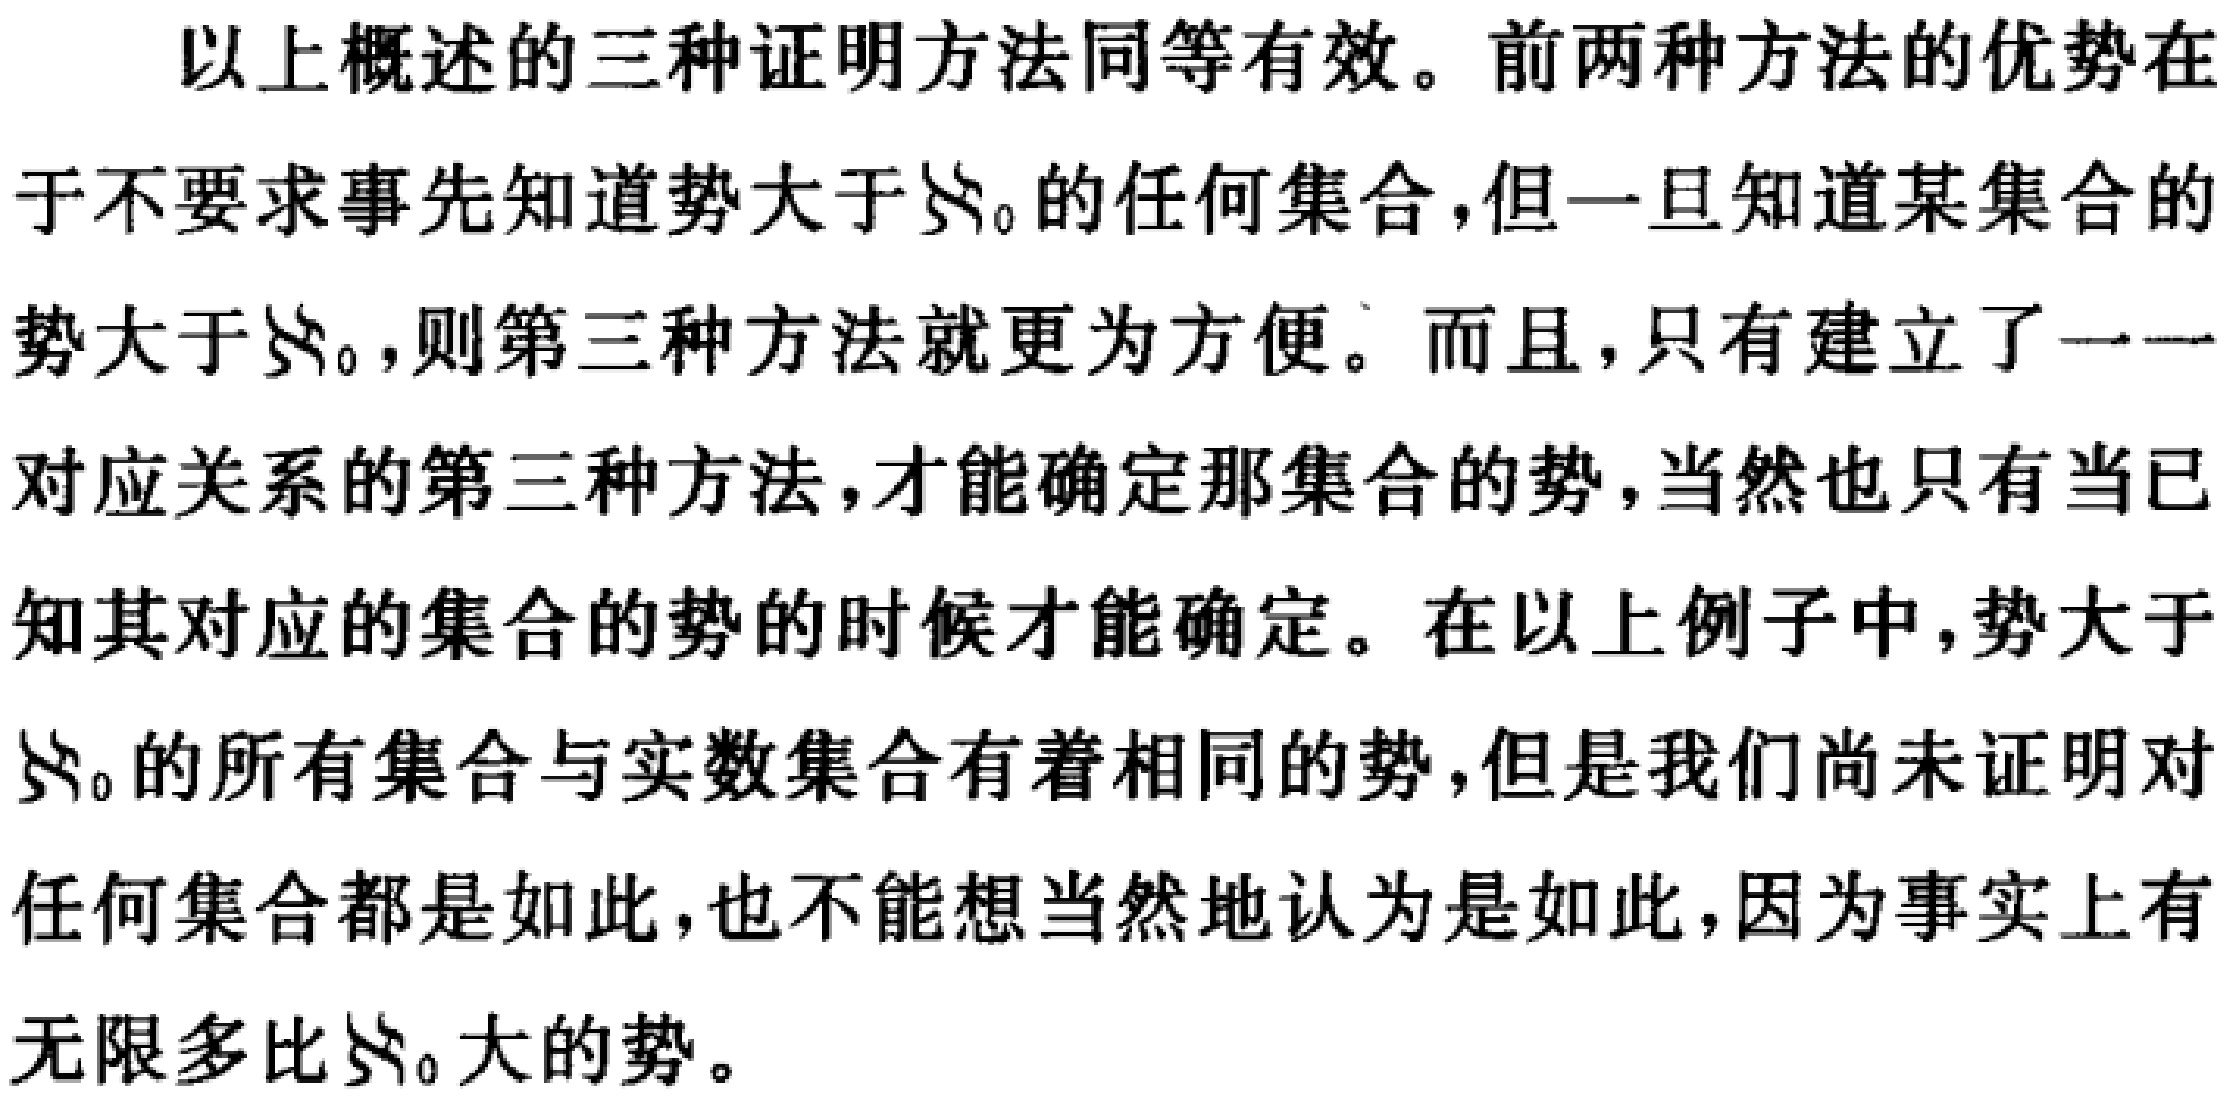
以上概述的三种证明方法同等有效。前两种方法的优势在于不要求事先知道势大于$\aleph_0$的任何集合, 但一旦知道某集合的势大于$\aleph_0$, 则第三种方法就更为方便。而且, 只有建立了一一对应关系的第三种方法, 才能确定那集合的势, 当然也只有当已知其对应的集合的势的时候才能确定。在以上例子中, 势大于$\aleph_0$的所有集合与实数集合有着相同的势, 但是我们尚未证明对任何集合都是如此, 也不能想当然地认为是如此, 因为事实上有无限多比$\aleph_0$大的势。